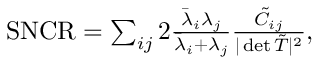
\begin{array} { r } { \mathrm { S N C R } = \sum _ { i j } 2 \frac { \bar { \lambda } _ { i } \lambda _ { j } } { \bar { \lambda } _ { i } + \lambda _ { j } } \frac { \tilde { C } _ { i j } } { \vert \operatorname* { d e t } \tilde { T } \vert ^ { 2 } } , } \end{array}